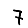
Digit: 7